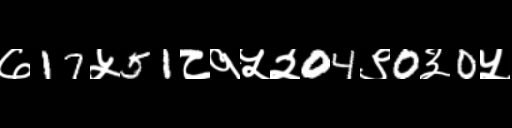
Text: ७17५51८१५२04९0३0५